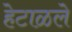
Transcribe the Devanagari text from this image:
हेटाळले